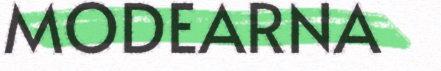
MODEARNA